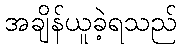
အချိန်ယူခဲ့ရသည်